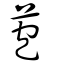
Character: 苞